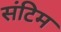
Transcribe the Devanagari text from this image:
संटिम